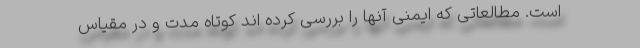
است. مطالعاتی که ایمنی آنها را بررسی کرده اند کوتاه مدت و در مقیاس